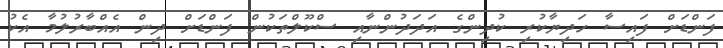
ފަންޑަށް ފައިސާ ހަދިޔާކުރި ކުދިންގެ އަދަދުންނާއި ސްކޫލްތަކުން ފަންޑަށް ދިން އެއްބާރުލުމާ އެކު